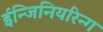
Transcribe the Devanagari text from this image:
ईन्जिनियरिन्ग